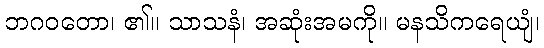
ဘဂဝတော၊ ၏။ သာသနံ၊ အဆုံးအမကို။ မနသိကရေယျံ၊